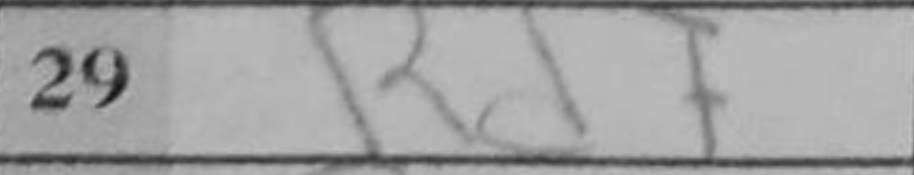
Transcription: Rd7